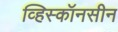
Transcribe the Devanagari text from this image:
व्हिस्कॉनसीन